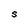
Character: S